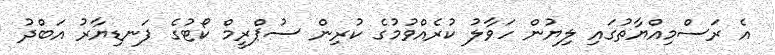
އެ ރަސްމިއްޔާތުގައި ލިޔުން ހަވާލު ކުރެއްވުމުގެ ކުރިން ސުޕްރީމް ކޯޓުގެ ފަނޑިޔާރު އަބްދު